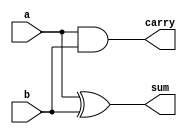
module ha(a,b,sum,carry);
input a,b;
output sum,carry;
assign sum=a^b;
assign carry=a&b;
endmodule

module multiplier2bit(a,b,c);
input [1:0]a,b;
output [3:0]c;
wire w1,w2,w3,w4;
and g1(c[0],a[0],b[0]);
and g2(w1,a[0],b[1]);
and g3(w2,a[1],b[0]);
and g4(w4,a[1],b[0]);
ha ha1(w1,w2,c[1],w3);
ha ha2(w3,w4,c[2],c[3]);
endmodule